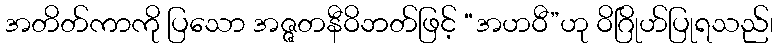
အတိတ်ကာကို ပြသော အဇ္ဇတနီဝိဘတ်ဖြင့် “အဟဝီ”ဟု ဝိဂြိုဟ်ပြုရသည်၊